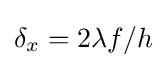
\delta _{x}=2\lambda f/h